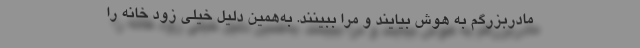
مادربزرگم به هوش بیایند و مرا ببینند. به‌همین دلیل خیلی زود خانه را